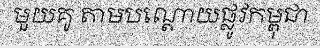
មួយគូ តាមបណ្តោយផ្លូវកម្ពុជា